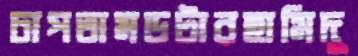
চাপতামডটারহামিদু